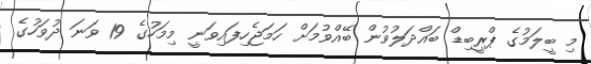
މި ބީލަމުގެ ޕްރީބިޑް ބައްދަލުވުން ބޭއްވުމަށް ހަމަޖެހިފައިވަނީ މިމަހުގެ 19 ވަނަ ދުވަހުގެ